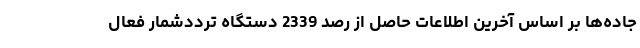
جاده‌ها‌ بر اساس آخرین اطلاعات حاصل از رصد 2339 دستگاه ترددشمار فعال